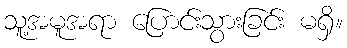
သူ့အမူအရာ ပြောင်းသွားခြင်း မရှိ။